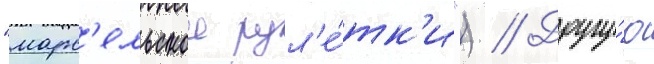
"марс'ельскои рул'е́тк'и") // Другу́ю